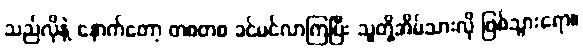
သည်လိုနဲ့ နောက်တော့ တစတစ ခင်မင်လာကြပြီး သူတို့အိမ်သားလို ဖြစ်သွားရော။